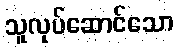
သူလုပ်ဆောင်သော